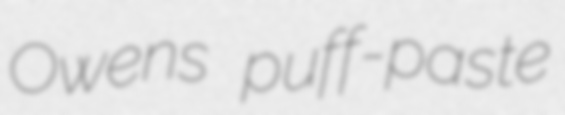
Owens puff-paste